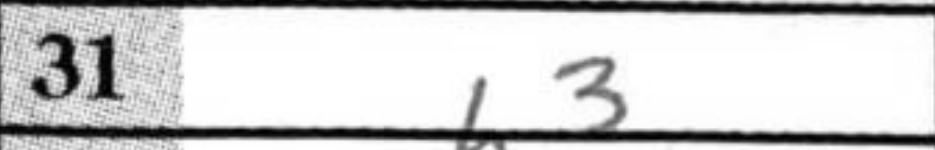
Transcription: h3